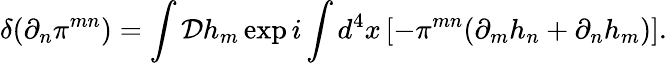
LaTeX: \delta(\partial_{n}\pi^{mn})=\int{\cal D}h_{m}\exp i\int d^{4}x\left[-\pi^{mn}(\partial_{m}h_{n}+\partial_{n}h_{m})\right].